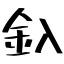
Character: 釞